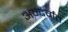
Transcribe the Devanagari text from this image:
अन्दर्गत